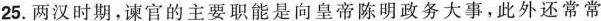
25.两汉时期，谏官的主要职能是向皇帝陈明政务大事，此外还常常